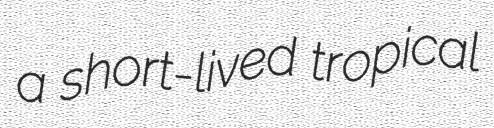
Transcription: a short-lived tropical